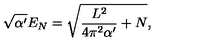
\sqrt { \alpha ^ { \prime } } E _ { N } = \sqrt { \frac { L ^ { 2 } } { 4 \pi ^ { 2 } \alpha ^ { \prime } } + N } ,